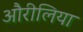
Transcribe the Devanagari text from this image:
औरीलिया